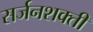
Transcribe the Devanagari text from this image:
सर्जनशक्ती